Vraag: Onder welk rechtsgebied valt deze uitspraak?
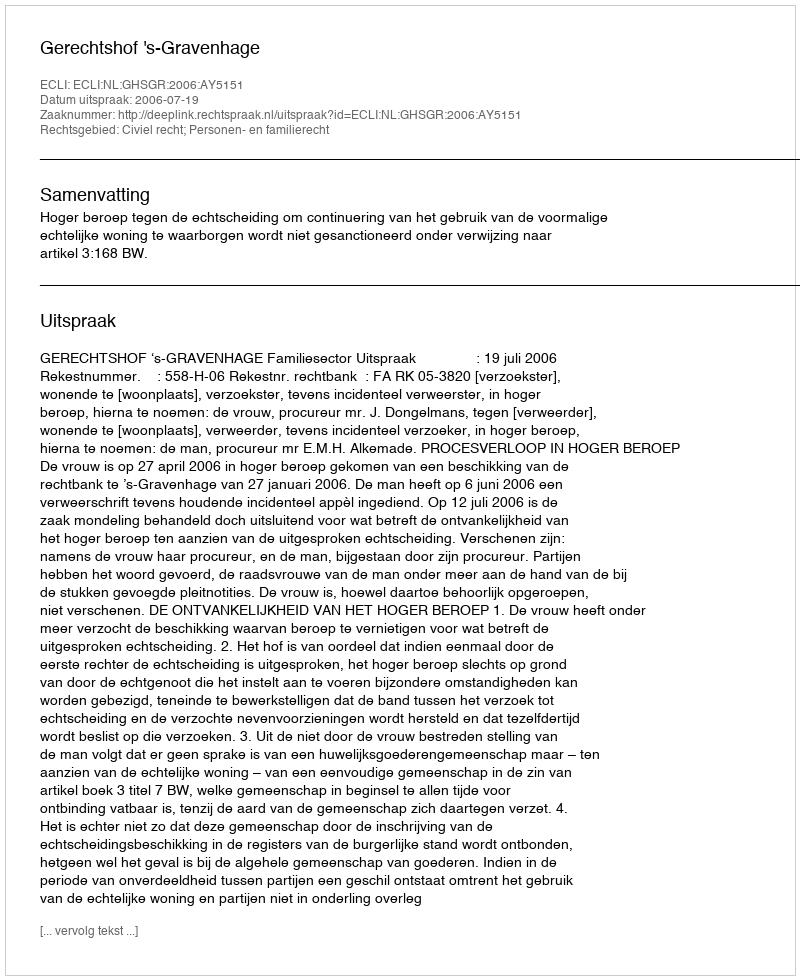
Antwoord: Civiel recht; Personen- en familierecht